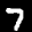
Label: 7